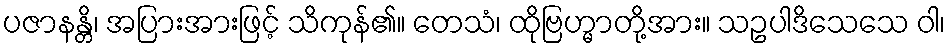
ပဇာနန္တိ၊ အပြားအားဖြင့် သိကုန်၏။ တေသံ၊ ထိုဗြဟ္မာတို့အား။ သဥပါဒိသေသေ ဝါ၊